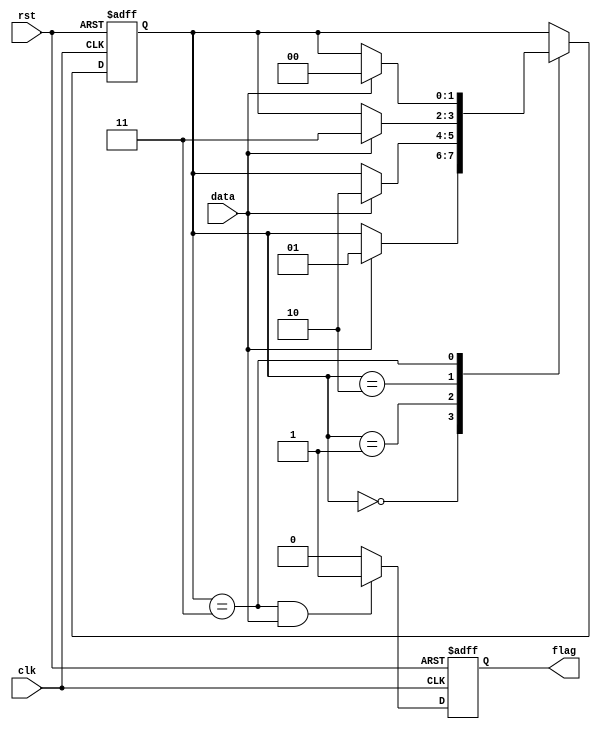
// ======================================================================
// Copyright (c) 2022-2023 All rights reserved
// ======================================================================
// Affiliation  : Tsinghua Univ & NeuraMatrix
// Revise Date  : 2023-01-17
// Description  : VL43 on nowcoder
// ======================================================================

module fsm1 (
  input  wire clk,
  input  wire rst,
  input  wire data,
  output reg  flag
);

parameter s0 = 2'd0;
parameter s1 = 2'd1;
parameter s2 = 2'd2;
parameter s3 = 2'd3;

reg [1:0] state;
reg [1:0] state_next;

always @(posedge clk or negedge rst) begin
  if (~rst) begin
    state <= s0;
  end
  else begin
    state <= state_next;
  end
end

always @(*) begin
  state_next <= state;
  case (state)
    s0: begin
      if (data) begin
        state_next <= s1;
      end
    end
    s1: begin
      if (data) begin
        state_next <= s2;
      end
    end
    s2: begin
      if (data) begin
        state_next <= s3;
      end
    end
    s3: begin
      if (data) begin
        state_next <= s0;
      end
    end
  endcase
end

always @(posedge clk or negedge rst) begin
  if (~rst) begin
    flag <= 1'b0;
  end
  else begin
    if ((state == s3) && (data == 1'b1)) begin
      flag <= 1'b1;
    end
    else begin
      flag <= 1'b0;
    end
  end
end

endmodule